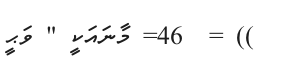
)) =  46= މާނައަކީ " ވަޙީ